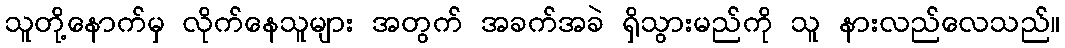
သူတို့နောက်မှ လိုက်နေသူများ အတွက် အခက်အခဲ ရှိသွားမည်ကို သူ နားလည်လေသည်။